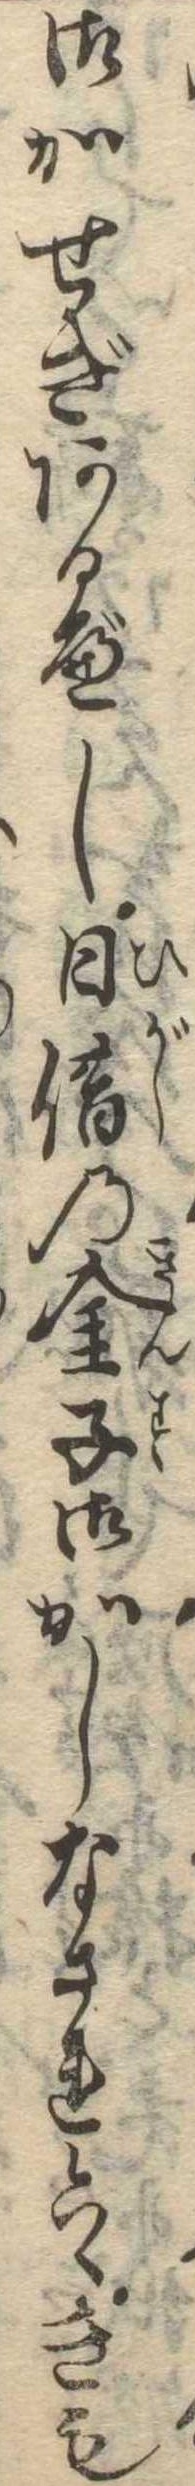
御かせぎあるべし日借の金子御かしなされ候はゞきも